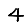
Digit: 4